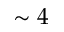
\sim 4